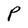
Character: P